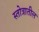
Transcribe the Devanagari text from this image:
स्तोत्रातील